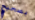
بصحيح